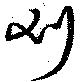
刈